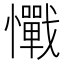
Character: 𢥇